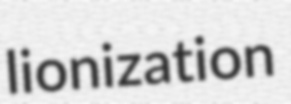
lionization